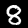
Digit: 8